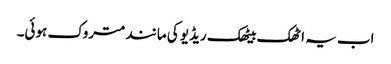
اب یہ اٹھک بیٹھک ریڈیو کی مانند متروک ہوئی۔